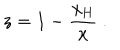
z = 1 - \frac { x _ { \mathrm { H } } } { x } \ .